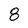
Character: 8